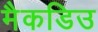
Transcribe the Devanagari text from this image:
मैकडिउ